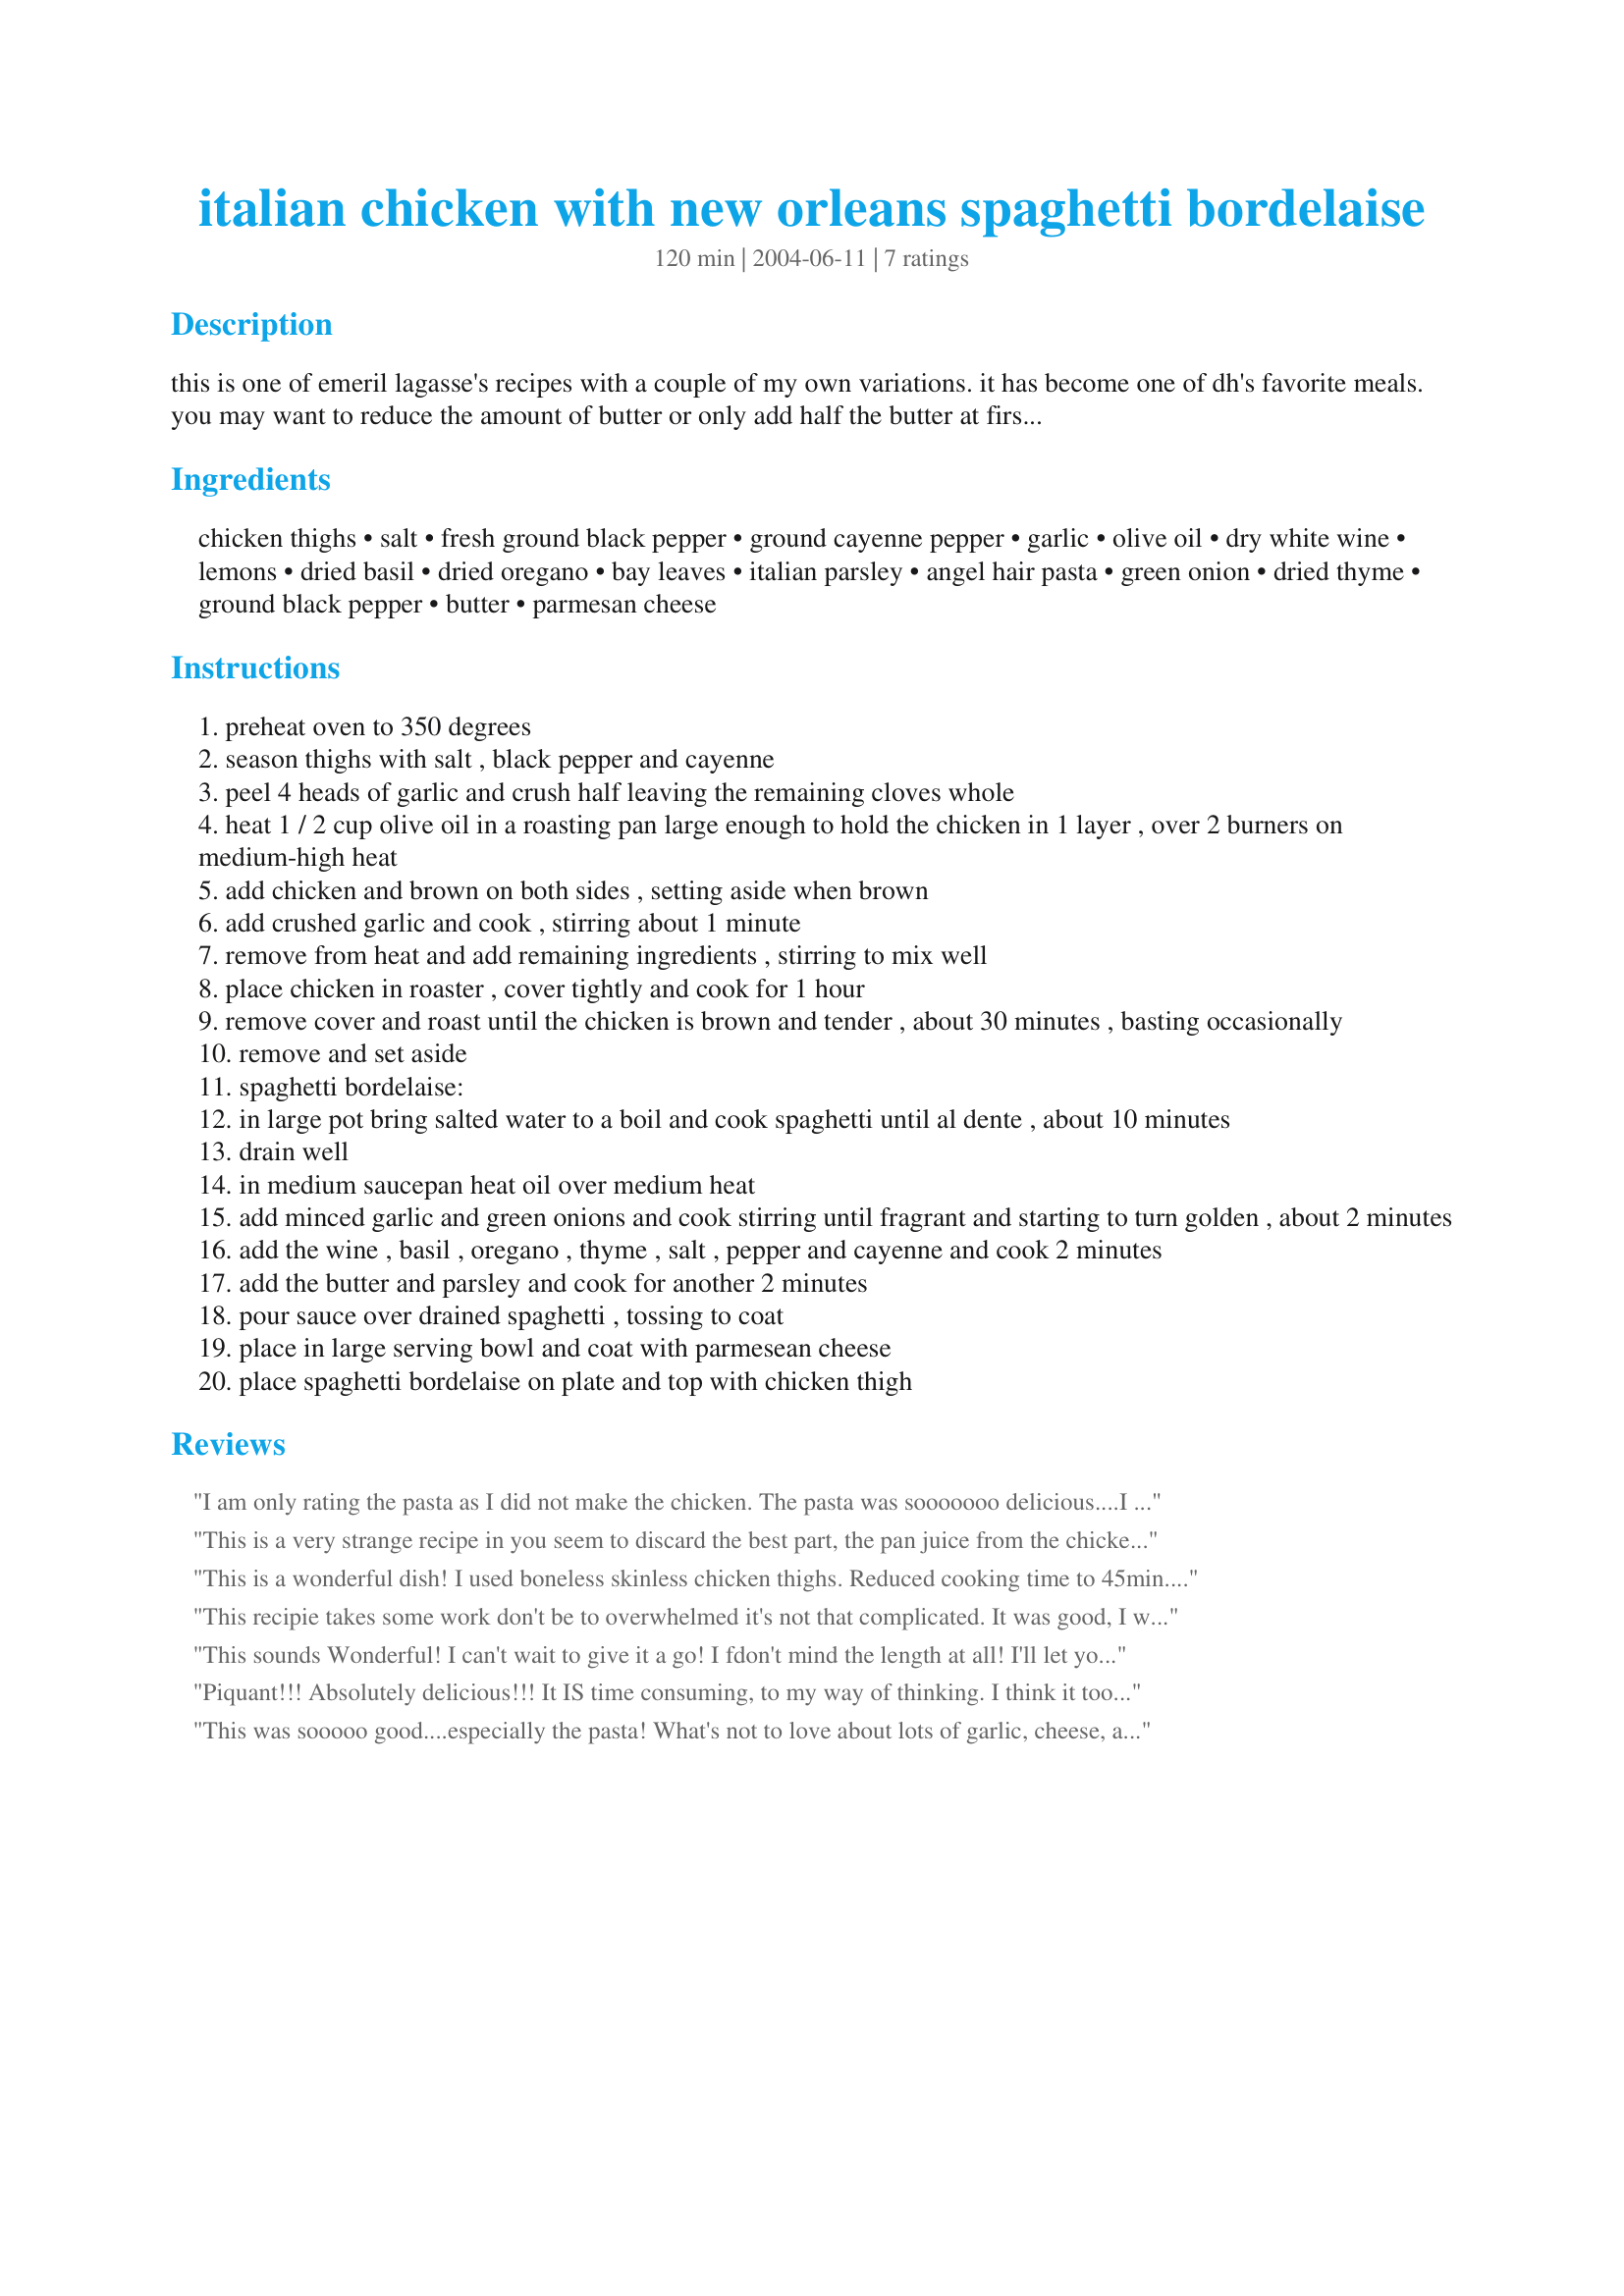
italian chicken with new orleans spaghetti bordelaise
Preparation time: 120 minutes

this is one of emeril lagasse's recipes with a couple of my own variations. it has become one of dh's favorite meals. you may want to reduce the amount of butter or only add half the butter at first and then you can add the remaining if need be. don't let the long list of ingredients fool you. it is very easy to make and not very time consuming as you can cook your spaghetti while the chicken is baking in the oven. you can even substitute breasts if you prefer white meat but the thighs come out so tender and juicy.

Ingredients:
chicken thighs, salt, fresh ground black pepper, ground cayenne pepper, garlic, olive oil, dry white wine, lemons, dried basil, dried oregano, bay leaves, italian parsley, angel hair pasta, green onion, dried thyme, ground black pepper, butter, parmesan cheese

Steps:
preheat oven to 350 degrees
season thighs with salt , black pepper and cayenne
peel 4 heads of garlic and crush half leaving the remaining cloves whole
heat 1 / 2 cup olive oil in a roasting pan large enough to hold the chicken in 1 layer , over 2 burners on medium-high heat
add chicken and brown on both sides , setting aside when brown
add crushed garlic and cook , stirring about 1 minute
remove from heat and add remaining ingredients , stirring to mix well
place chicken in roaster , cover tightly and cook for 1 hour
remove cover and roast until the chicken is brown and tender , about 30 minutes , basting occasionally
remove and set aside
spaghetti bordelaise:
in large pot bring salted water to a boil and cook spaghetti until al dente , about 10 minutes
drain well
in medium saucepan heat oil over medium heat
add minced garlic and green onions and cook stirring until fragrant and starting to turn golden , about 2 minutes
add the wine , basil , oregano , thyme , salt , pepper and cayenne and cook 2 minutes
add the butter and parsley and cook for another 2 minutes
pour sauce over drained spaghetti , tossing to coat
place in large serving bowl and coat with parmesean cheese
place spaghetti bordelaise on plate and top with chicken thigh

Reviews:
I am only rating the pasta as I did not make the chicken. The pasta was sooooooo delicious....I will be making pasta this way for ever!! I served this with Greek Shrimp #88726 - my DH proclaimed that this is now his favourite pasta meal!! Thanks Luby....next time I will try the whole recipe!
This is a very strange recipe in you seem to discard the best part, the pan juice from the chicken. I used about 1/2 the olive oil it called for to brown the chicken and cooked most of the fat out. I drained all but a couple of tablespoons of fat before I added the other ingredients. I cooked the thighs 45 minutes and they were done but I did uncover and cook for about 10 minutes. I removed thighs and kept warm in the oven and took out the lemon. I sauted the onion in a little olive oil then sprinkled in some flour and stirred to coat, added about three times as much wine and reduced slightly then added the contents of the roasting pan, cooked until sauce (added a little chicken stock to thin). I melted less than half the butter in the roasting pan and stirred in the spaghetti and heated through, added the sauce stirred to coat over low heat, added the parmesan and mixed lightly served with the thighs. It was wonderful with a good chianti. I would highly recommend this over the original recipe.
This is a wonderful dish! I used boneless skinless chicken thighs. Reduced cooking time to 45min. Used angel hair pasta which helped in making this dish even better. When summer arrives again I will try this dish with fresh herbs. Thanks Luby will be having this dish often.
This recipie takes some work don't be to overwhelmed it's not that complicated. It was good, I will make it again but it didn't blow my family out of the water like I thought it was going to do. Again good but not incredible. I wanted more.
This sounds Wonderful! I can't wait to give it a go! I fdon't mind the length at all! I'll let you know how it comes out for me! Jelly
Piquant!!! Absolutely delicious!!! It IS time consuming, to my way of thinking. I think it took about an hour to peel all the cloves of garlic! Maybe that could be done well ahead of the rest of the prep. I too only had frozen skinless, boneless thighs, and I'm sure that it would be twice as good with fresh, bone in thighs with skin. I roasted the chicken covered for 30 minutes, uncovered it, and cooked it for 15 minutes more. That worked just fine. I used only slightly more than half a stick of butter, and it was plenty. We could not identify the taste of the lemons, so we were fine with the lemon quarters. I only had dried parsley, but we were so happy with the results that I don't think I'd bother with cutting up fresh. My roasting pan is plenty big enough, but it is made of fairly thin aluminum. I think that next time I'll brown the chicken in a heavier skillet first, follow the rest of the steps, and transfer the deglazed mixture to the roasting pan. The chicken didn't brown very well in the thin pan. This is a very nice, different pasta combination and one that I'll surely make again. Thank you, Luby, for sharing such a great recipe.
This was sooooo good....especially the pasta! What's not to love about lots of garlic, cheese, and butter? Yum! I had to use boneless skinless chicken breasts because that's all that DH will eat. I reduced the covered cooking time to 45 minutes. The breasts had a great flavor but were slightly dry. That was my fault for not knowing the correct cooking time for chicken breasts. Next time I am going to try cooking the chicken breasts via stove top only and substituting lemon zest for the lemons. Thanks Luby for sharing this recipe. It's worth a repeat performance!
